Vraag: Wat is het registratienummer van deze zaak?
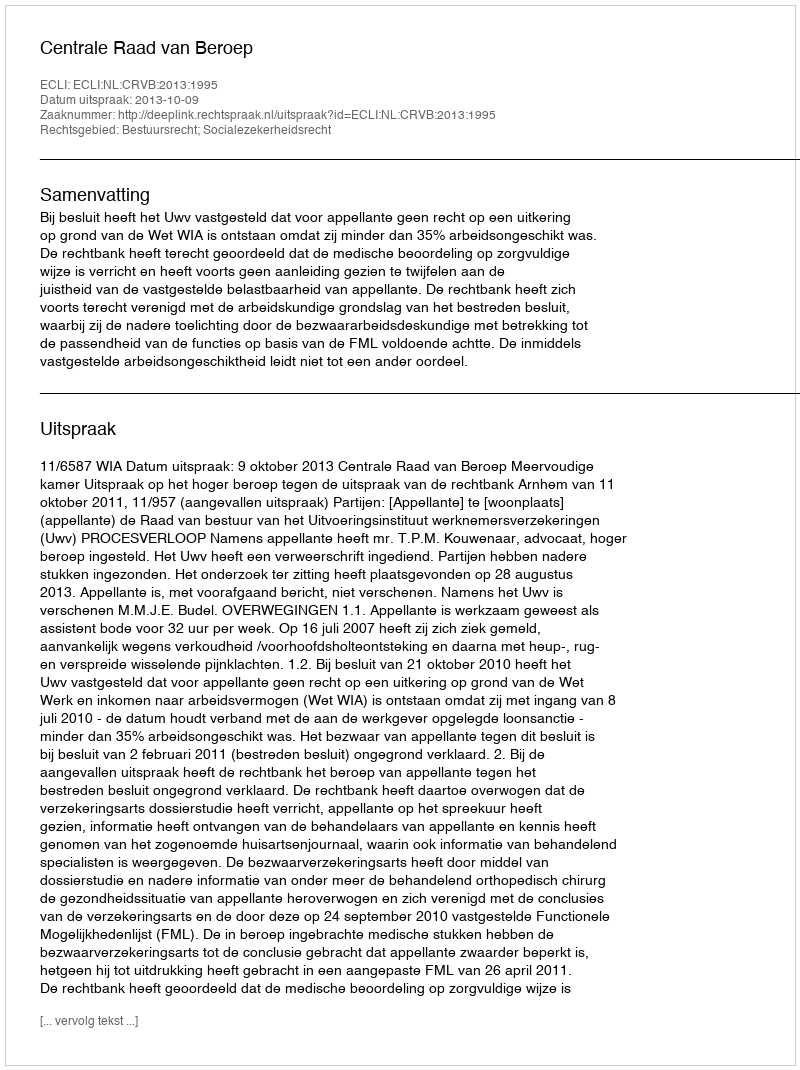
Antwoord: http://deeplink.rechtspraak.nl/uitspraak?id=ECLI:NL:CRVB:2013:1995